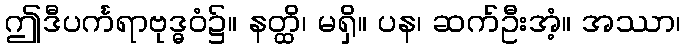
ဤဒီပင်္ကရာဗုဒ္ဓဝံ၌။ နတ္ထိ၊ မရှိ။ ပန၊ ဆက်ဦးအံ့။ အဿာ၊